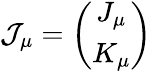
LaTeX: {\cal J}_{\mu}=\left(\begin{array}{c}{{J_{\mu}}}\\ {{K_{\mu}}}\end{array}\right)